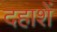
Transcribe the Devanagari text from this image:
दहाशें